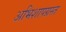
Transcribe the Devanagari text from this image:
अभिशापग्रस्त